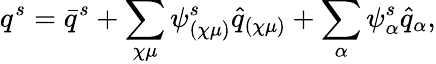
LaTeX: q^{s}=\bar{q}^{s}+\sum_{\chi\mu}\psi_{(\chi\mu)}^{s}\hat{q}_{(\chi\mu)}+\sum_{\alpha}\psi_{\alpha}^{s}\hat{q}_{\alpha},